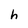
Character: h